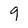
Character: 9